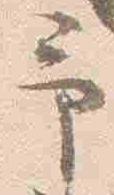
予